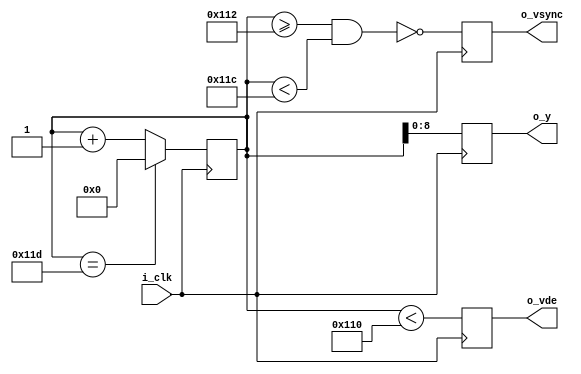
module vsync (
    input  i_clk,
    output reg o_vsync,
    output reg o_vde,
    output reg [8:0] o_y
);

localparam vactive      = 272;
localparam vback_porch  = 2;
localparam vsync_len    = 10;
localparam vfront_porch = 2;

localparam maxcount  = vactive + vfront_porch + vsync_len + vback_porch;
localparam syncstart = vactive + vfront_porch;
localparam syncend   = syncstart + vsync_len;

reg [9:0] counter = 0;

always @(posedge i_clk) begin
    if (counter == maxcount - 1)
        counter <= 0;
    else
        counter <= counter + 1'b1;

    o_vsync <= ~(counter >= syncstart & counter < syncend);
    o_y     <= counter[8:0];
    o_vde   <= (counter < vactive);
end

endmodule